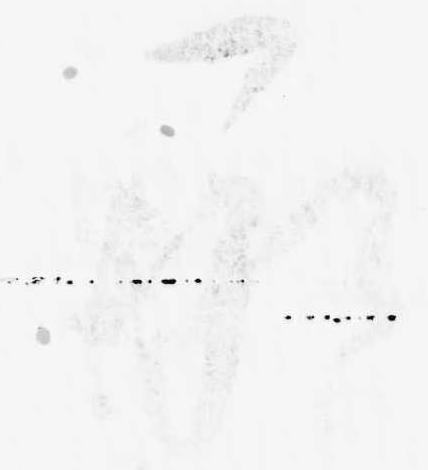
承